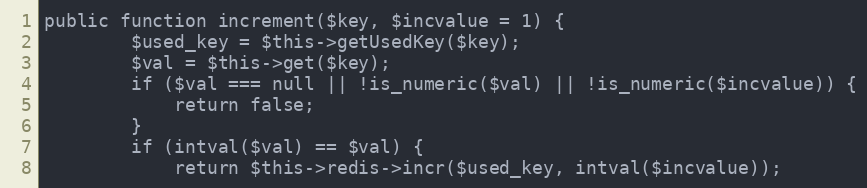
Language: PHP
public function increment($key, $incvalue = 1) {
        $used_key = $this->getUsedKey($key);
        $val = $this->get($key);
        if ($val === null || !is_numeric($val) || !is_numeric($incvalue)) {
            return false;
        }
        if (intval($val) == $val) {
            return $this->redis->incr($used_key, intval($incvalue));